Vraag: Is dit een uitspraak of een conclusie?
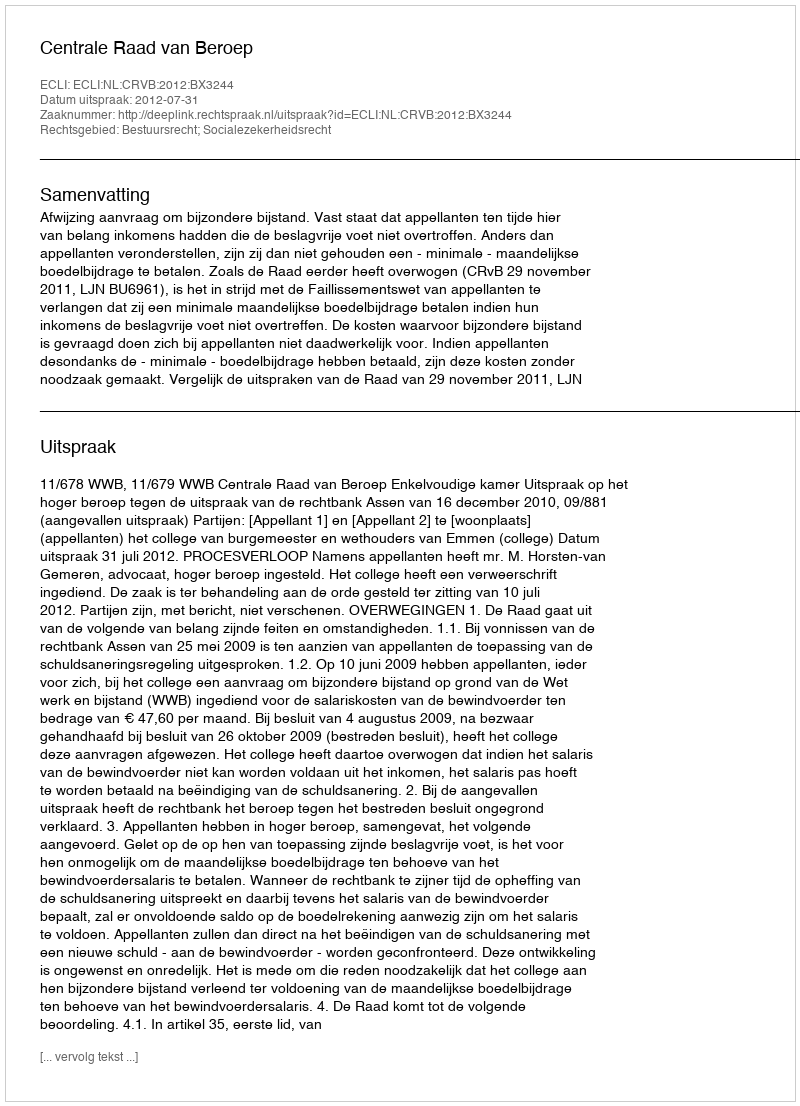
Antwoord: Uitspraak